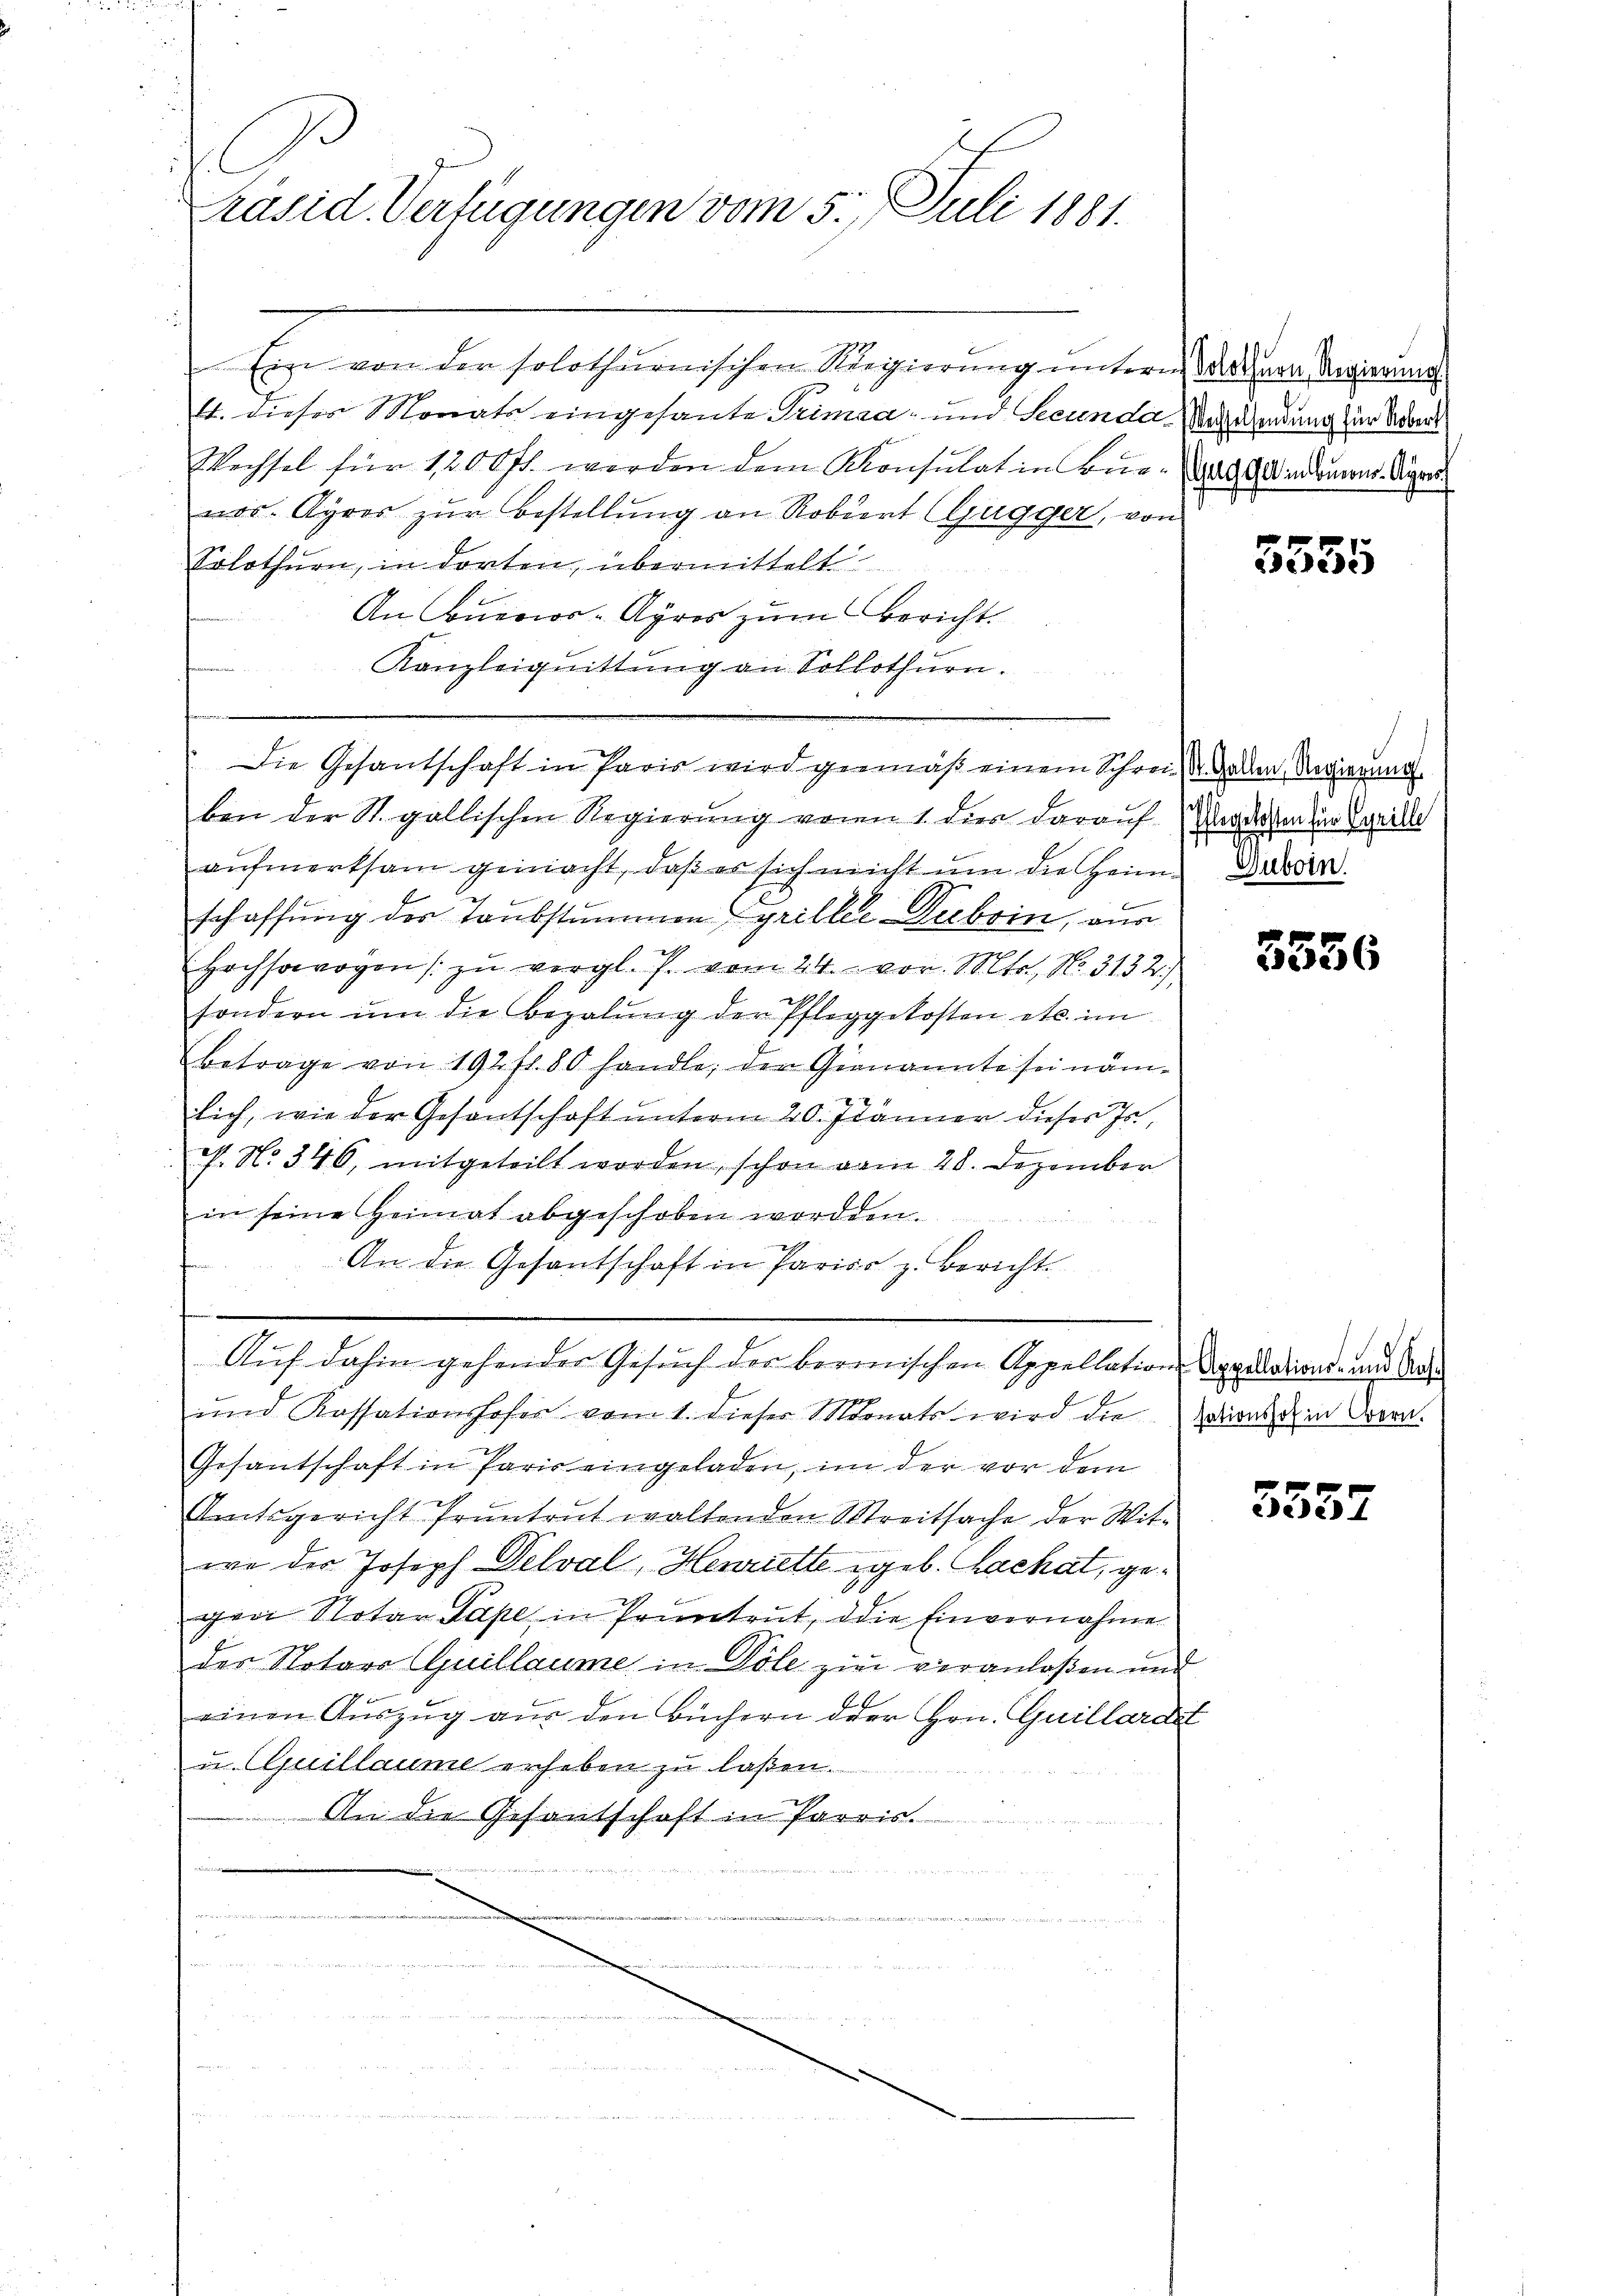
ich
Präsid. Verfügungen vom 5. Juli 1881.

Ein von den solothurnischen Regierung untern Wertura Regierung
t. dieses Monats eingesante Primaa und Secunda Marsendung zur Vert
Wechsel für 1200 fl. werden dem Konsulat in Bier- und Gladamens. Sie
nos Ayres zur Bestellung an Robert (Gugger, von
Solothurn, in dorten, übermittelt
An Buenos-Ayres zum Bericht
Kanzleiquittung an Sollothurn.

e

ben der St. gallischen Regierung von 1. dies darauf Nagelesen den Speille
aŭfmerksam gemacht, daβ es sich nicht ŭm die Heimater
schaffung der Taubstummen Cyriller Decbrin, aus
Hochsowogen zŭ vergl. P. vom 24. vor. Mts., No. 313 2/
sondern ŭm die Bezahlŭng der Pfleggekosten etc. im
betrage von 192 fl. 80 handle, der Gienannte sei näm-
lich, wie der Gesantschaft unterm 20. Jänner dieser Js.,
N. N. 346, mitgeteilt worden, schon vom 28. Dezember
in seine Heimat abgeschoben worden.
An die Gesantschaft in Pariso z. Bericht
Auf dahin gehender Gesuch der bermischen Appellations Appelations- und Ma
und Kassationshofer vom 1. dieser Monats wird die Nationst in Crorn.
Gesantschaft in Paris eingeladen, im der vor dem
Amtsgericht Pruntrut waltenden Streitsache der Witwe der Joseph Delval, Henriette geb. Bachat, gegen Notar Pape in Pruntrut, die Einvernahme
des Notars Guillaume in Pöle zur veranlaßen und
einen Aŭszŭg aŭs den Büchern der Hrn. Guillardst
u Quillaume erheben zu laßen.
An die Gesantschaft in Parris.
en

Die Gesantschaft in Paris wird gemäß einem Schrei- Gaden Regierung

3555

5556

5557